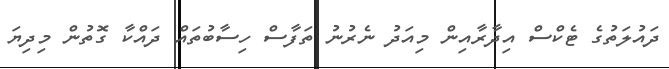
ދައުލަތުގެ ޓެކްސް އިދާރާއިން މިއަދު ނެރުނު ތަފާސް ހިސާބުތައް ދައްކާ ގޮތުން މިދިޔަ